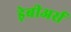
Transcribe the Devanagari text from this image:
ड़ेबीअर्स